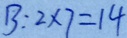
B : 2 \times 7 = 1 4